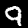
Label: 9